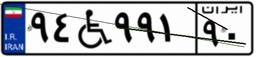
۹۴W۹۹۱۹۰